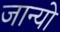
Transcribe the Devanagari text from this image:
जान्यो